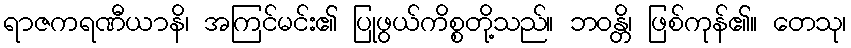
ရာဇကရဏီယာနိ၊ အကြင်မင်း၏ ပြုဖွယ်ကိစ္စတို့သည်။ ဘဝန္တိ၊ ဖြစ်ကုန်၏။ တေသု၊